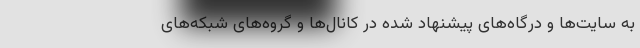
به سایت‌ها و درگاه‌های پیشنهاد شده در کانال‌ها و گروه‌های شبکه‌های